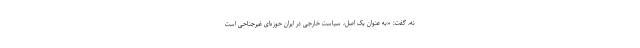
نه، گفت: «به عنوان یک اصل، سیاست خارجی در ایران حوزه‌ای غیرجناحی است